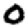
Digit: 0